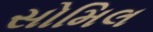
સોમિલ